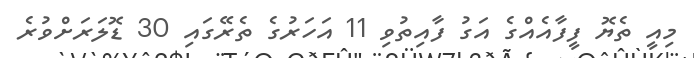
މިއީ ތެޔޮ ފީފާއެއްގެ އަގު ފާއިތުވި 11 އަހަރުގެ ތެރޭގައި 30 ޑޮލަރަށްވުރެ